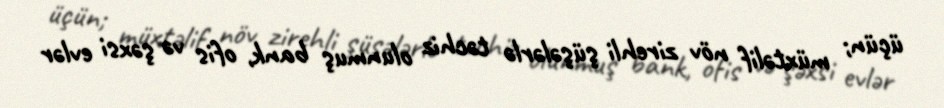
üçün; müxtəlif növ zirehli şüşələrlə təchiz olunmuş bank, ofis və şəxsi evlər